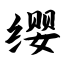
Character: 缨